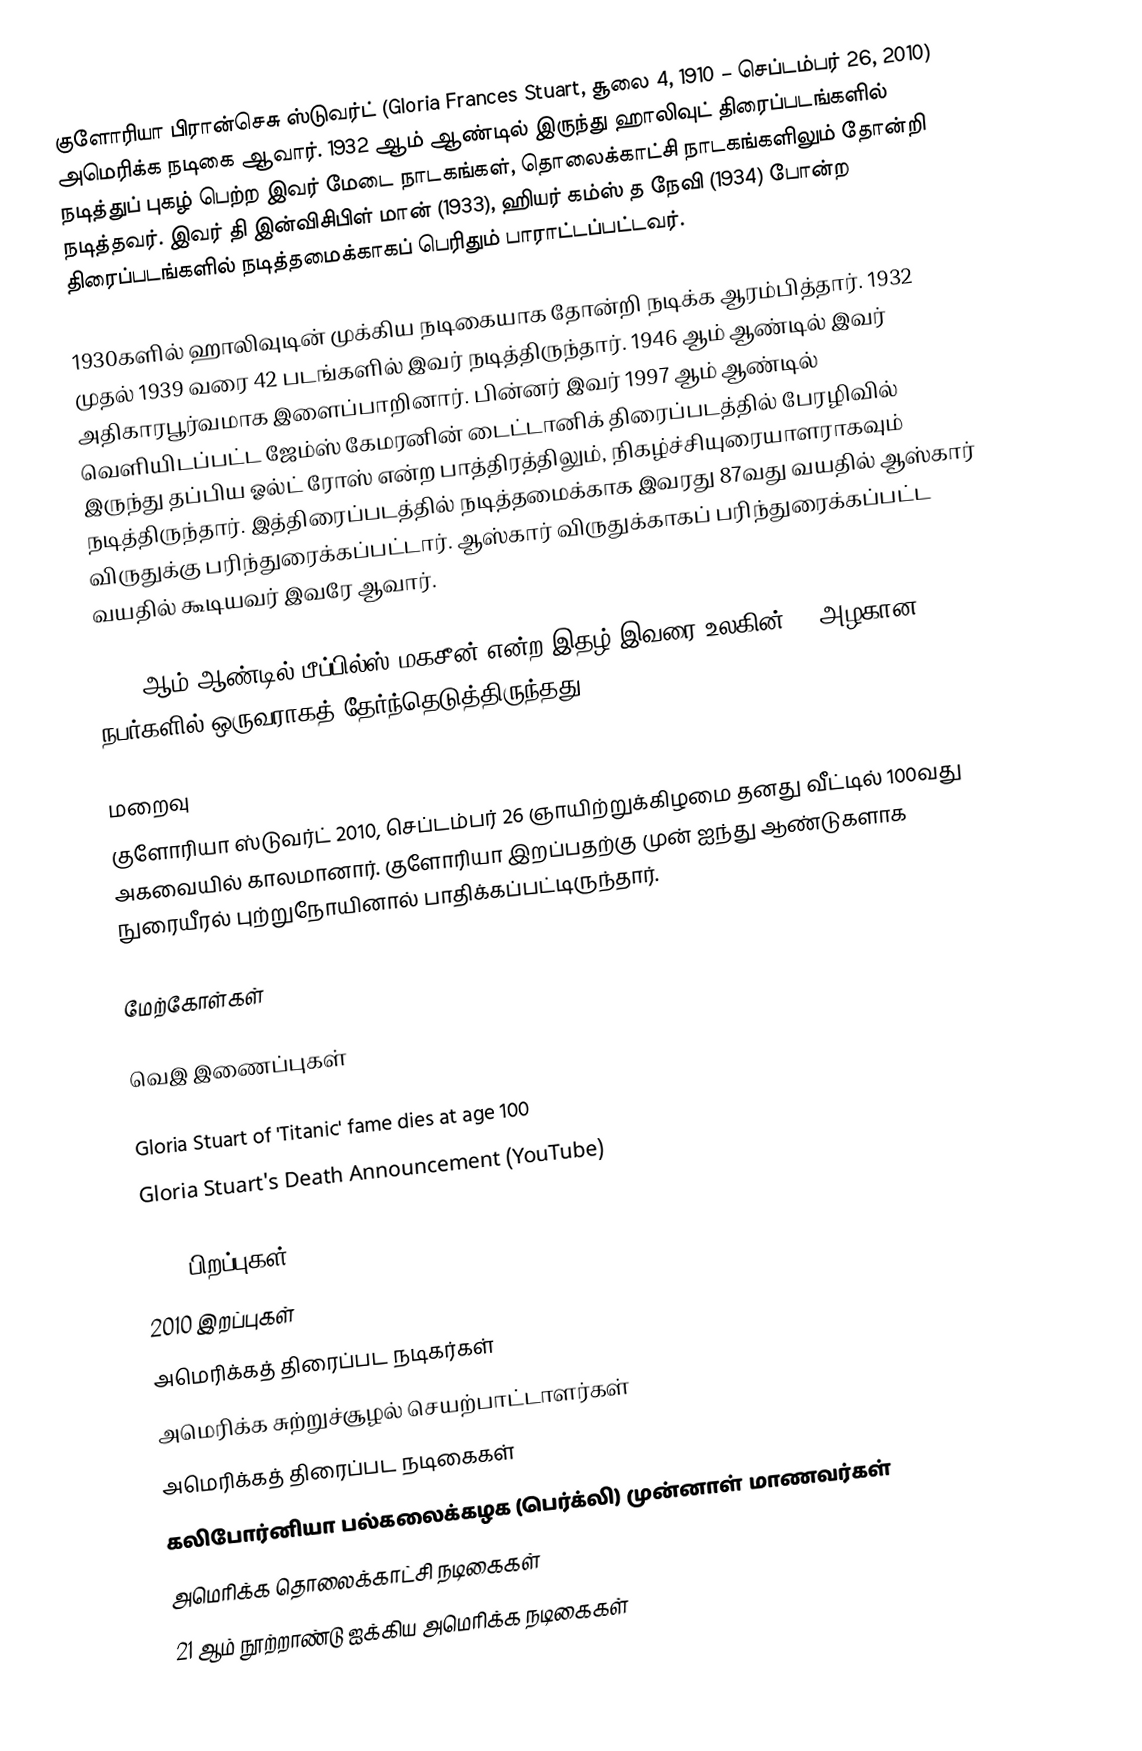
குளோரியா பிரான்செசு ஸ்டுவர்ட் (Gloria Frances Stuart, சூலை 4, 1910 – செப்டம்பர் 26, 2010) அமெரிக்க நடிகை ஆவார். 1932 ஆம் ஆண்டில் இருந்து ஹாலிவுட் திரைப்படங்களில் நடித்துப் புகழ் பெற்ற இவர் மேடை நாடகங்கள், தொலைக்காட்சி நாடகங்களிலும் தோன்றி நடித்தவர். இவர் தி இன்விசிபிள் மான் (1933), ஹியர் கம்ஸ் த நேவி (1934) போன்ற திரைப்படங்களில் நடித்தமைக்காகப் பெரிதும் பாராட்டப்பட்டவர்.

1930களில் ஹாலிவுடின் முக்கிய நடிகையாக தோன்றி நடிக்க ஆரம்பித்தார். 1932 முதல் 1939 வரை 42 படங்களில் இவர் நடித்திருந்தார். 1946 ஆம் ஆண்டில் இவர் அதிகாரபூர்வமாக இளைப்பாறினார். பின்னர் இவர் 1997 ஆம் ஆண்டில் வெளியிடப்பட்ட ஜேம்ஸ் கேமரனின் டைட்டானிக் திரைப்படத்தில் பேரழிவில் இருந்து தப்பிய ஓல்ட் ரோஸ் என்ற பாத்திரத்திலும், நிகழ்ச்சியுரையாளராகவும் நடித்திருந்தார். இத்திரைப்படத்தில் நடித்தமைக்காக இவரது 87வது வயதில் ஆஸ்கார் விருதுக்கு பரிந்துரைக்கப்பட்டார். ஆஸ்கார் விருதுக்காகப் பரிந்துரைக்கப்பட்ட வயதில் கூடியவர் இவரே ஆவார்.

2000 ஆம் ஆண்டில் பீப்பில்ஸ் மகசீன் என்ற இதழ் இவரை உலகின் 50 அழகான நபர்களில் ஒருவராகத் தேர்ந்தெடுத்திருந்தது.

மறைவு
குளோரியா ஸ்டுவர்ட் 2010, செப்டம்பர் 26 ஞாயிற்றுக்கிழமை தனது வீட்டில் 100வது அகவையில் காலமானார். குளோரியா இறப்பதற்கு முன் ஐந்து ஆண்டுகளாக நுரையீரல் புற்றுநோயினால் பாதிக்கப்பட்டிருந்தார்.

மேற்கோள்கள்

வெஇ இணைப்புகள்

 Gloria Stuart of 'Titanic' fame dies at age 100
 Gloria Stuart's Death Announcement (YouTube)

1910 பிறப்புகள்
2010 இறப்புகள்
அமெரிக்கத் திரைப்பட நடிகர்கள்
அமெரிக்க சுற்றுச்சூழல் செயற்பாட்டாளர்கள்
அமெரிக்கத் திரைப்பட நடிகைகள்
கலிபோர்னியா பல்கலைக்கழக (பெர்க்லி) முன்னாள் மாணவர்கள்
அமெரிக்க தொலைக்காட்சி நடிகைகள்
21 ஆம் நூற்றாண்டு ஐக்கிய அமெரிக்க நடிகைகள்